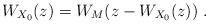
LaTeX: \begin{align*}W_{X_0}(z)=W_M(z-W_{X_0}(z))\ .\end{align*}